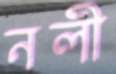
নলী